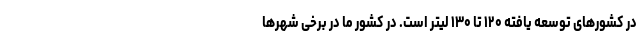
در کشورهای توسعه یافته ۱۲۰ تا ۱۳۰ لیتر است. در کشور ما در برخی شهرها